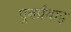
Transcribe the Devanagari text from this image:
पुनर्प्रवाह